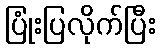
ပြုံးပြလိုက်ပြီး